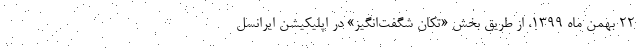
۲۲ بهمن ماه ۱۳۹۹، از طریق بخش «تکان شگفت‌انگیز» در اپلیکیشن ایرانسل